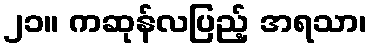
၂၁။ ကဆုန်လပြည့် အရသာ၊